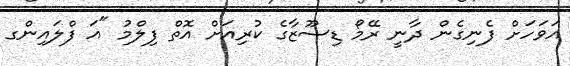
އަވަހަށް ފެނިގެން ދާނީ ރޭމޯ ޑިސޫޒާގެ ކުރިއަށް އޮތް ފިލްމު "އަ ފްލައިންގ